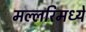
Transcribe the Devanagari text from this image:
मल्लरिमध्ये